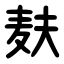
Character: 麸